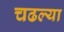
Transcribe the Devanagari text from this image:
चढल्या